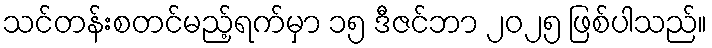
သင်တန်းစတင်မည့်ရက်မှာ ၁၅ ဒီဇင်ဘာ ၂၀၂၅ ဖြစ်ပါသည်။